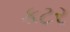
કટર